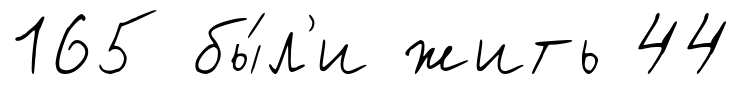
165 бы́л'и жить 44